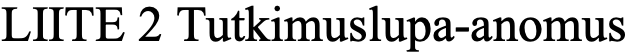
LIITE 2 Tutkimuslupa-anomus